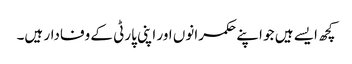
کچھ ایسے ہیں جو اپنے حکمرانوں اور اپنی پارٹی کے وفادار ہیں۔